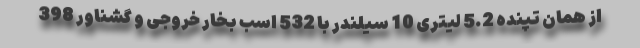
از همان تپنده 5.2 لیتری 10 سیلندر با 532 اسب بخار خروجی و گشناور 398